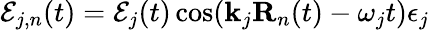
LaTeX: \mathbf{\mathcal{E}}_{j,n}(t)=\mathcal{E}_{j}(t)\cos(\mathbf{k}_{j}\mathbf{R}_{n}(t)-\omega_{j}t)\mathbf{\epsilon}_{j}